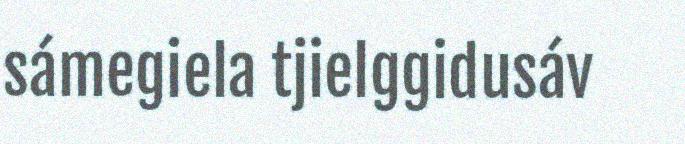
sámegiela tjielggidusáv